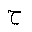
Letter: _ha